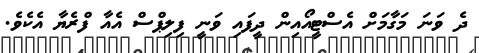
ދެ ވަނަ މަގާމަށް އެސްޓީއޯއިން ދީފައި ވަނީ ފިލިޕްސް އެއާ ފްރެޔާ އެކެވެ.